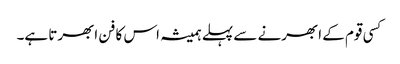
کسی قوم کے ابھرنے سے پہلے ہمیشہ اس کا فن ابھرتا ہے۔